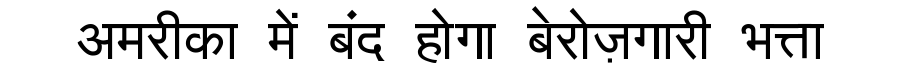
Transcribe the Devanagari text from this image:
अमरीका में बंद होगा बेरोज़गारी भत्ता